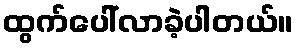
ထွက်ပေါ်လာခဲ့ပါတယ်။